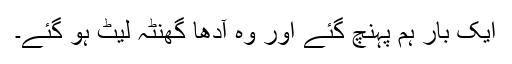
ایک بار ہم پہنچ گئے اور وہ آدھا گھنٹہ لیٹ ہو گئے۔